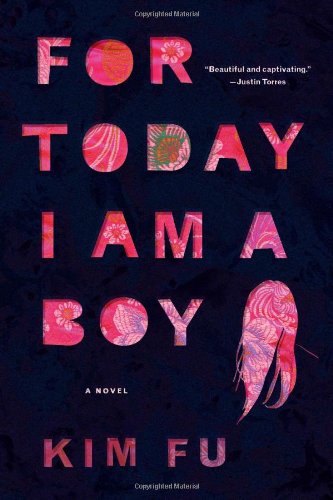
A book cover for For Today I Am a Boy; Kim Fu; Literature & Fiction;